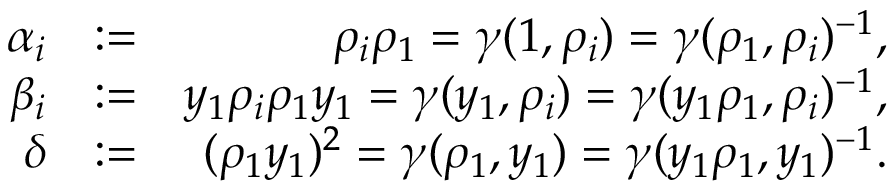
\begin{array} { r l r } { \alpha _ { i } } & { : = } & { \rho _ { i } \rho _ { 1 } = \gamma ( 1 , \rho _ { i } ) = \gamma ( \rho _ { 1 } , \rho _ { i } ) ^ { - 1 } , } \\ { \beta _ { i } } & { : = } & { y _ { 1 } \rho _ { i } \rho _ { 1 } y _ { 1 } = \gamma ( y _ { 1 } , \rho _ { i } ) = \gamma ( y _ { 1 } \rho _ { 1 } , \rho _ { i } ) ^ { - 1 } , } \\ { \delta } & { : = } & { ( \rho _ { 1 } y _ { 1 } ) ^ { 2 } = \gamma ( \rho _ { 1 } , y _ { 1 } ) = \gamma ( y _ { 1 } \rho _ { 1 } , y _ { 1 } ) ^ { - 1 } . } \end{array}